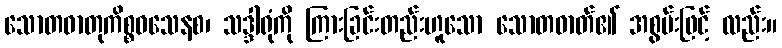
သောတဓာတုကိစ္စဝသေနစ၊ သဒ္ဒါရုံကို ကြားခြင်းတည်းဟူသော သောတဓာတ်၏ အစွမ်းဖြင့် လည်း။